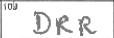
Transcription: DRR